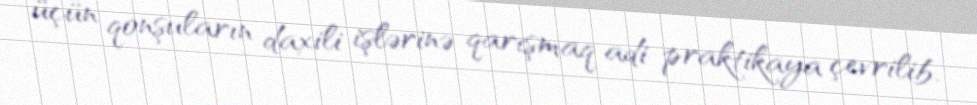
üçün qonşuların daxili işlərinə qarışmaq adi praktikaya çevrilib.